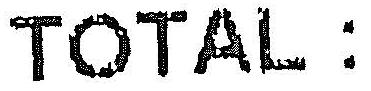
TOTAL :